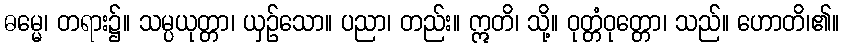
ဓမ္မေ၊ တရား၌။ သမ္ပယုတ္တာ၊ ယှဉ်သော။ ပညာ၊ တည်း။ ဣတိ၊ သို့။ ဝုတ္တံဝုတ္တော၊ သည်။ ဟောတိ၊၏။